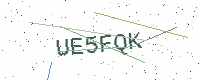
Text: UE5FQK